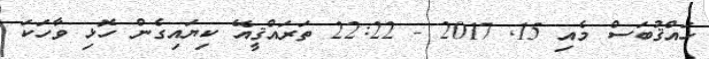
ހައްޤުބަސް މެއި 15